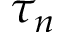
\tau _ { n }